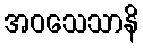
အဝသေသာနိ